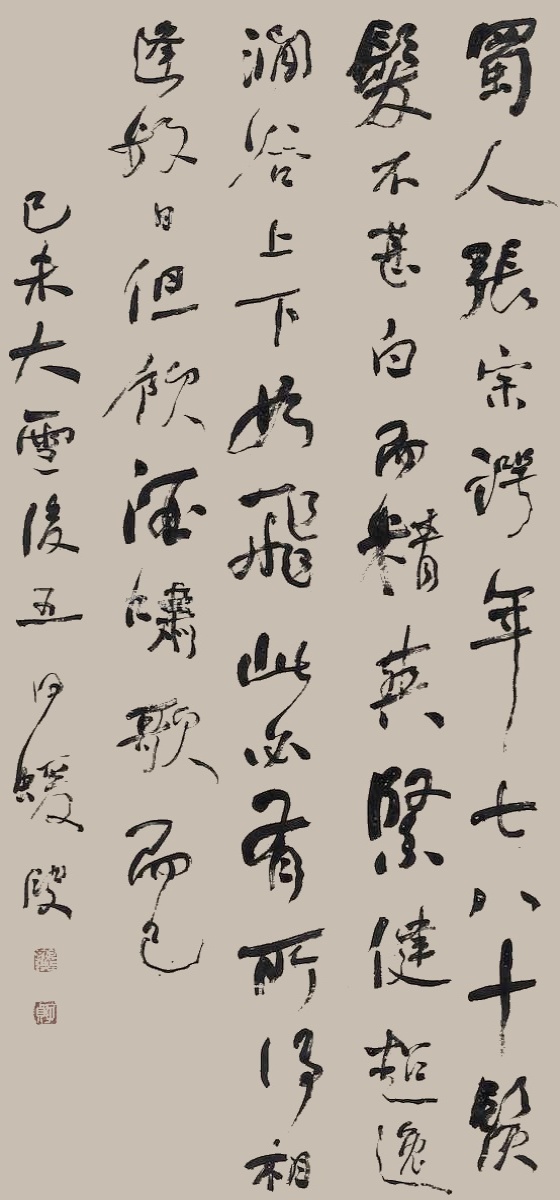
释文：蜀人张宗谔，年七八十，须发不甚白，而精爽紧健超逸，涧谷上下如飞，此必有所得。相逢数日，但饮酒啸歌而已。己未大雪后五日，蝯叟。